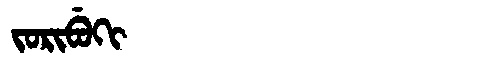
Manchu: ᠵᠣᡵᡳᠪᡠᡴᡳ
Romanization: JORIBUKI